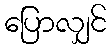
ပြောလျှင်